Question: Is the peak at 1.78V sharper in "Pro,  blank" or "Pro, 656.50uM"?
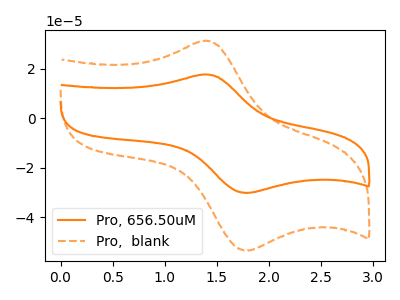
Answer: <think>The orange curve "Pro, 656.50uM" has an anodic peak at (1.40V, 17.55uA) and a cathodic peak at (1.80V, -30.20uA). The orange dashed curve "Pro,  blank" has an anodic peak at (1.40V, 31.15uA) and a cathodic peak at (1.80V, -53.55uA).</think>
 <answer>The peak at 1.78V is higher in "Pro,  blank" than in "Pro, 656.50uM".</answer>
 <eval>higher</eval>